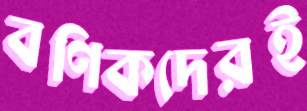
বণিকদেরই